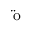
\mathrm { \ddot { o } }